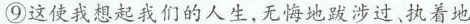
⑨这使我想起我们的人生,无悔地跋涉过、执着地